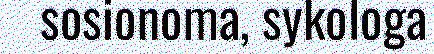
sosionoma, sykologa